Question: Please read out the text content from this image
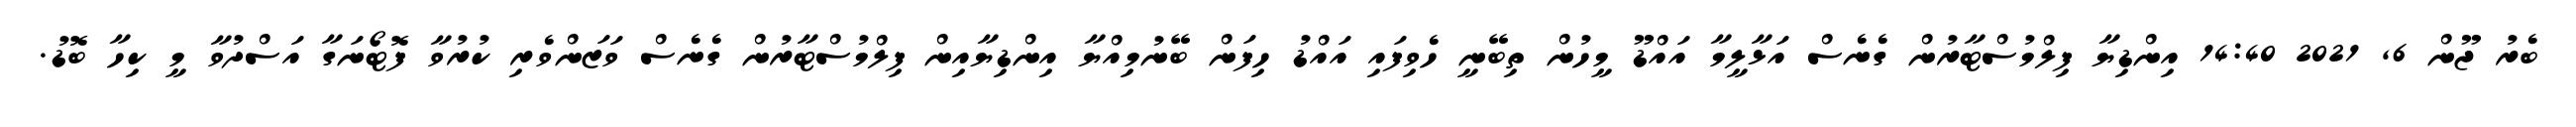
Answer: ބެރު ޖޫން 6, 2021 14:40 އިންޑިޔާ ފިލްމުސްޓާރުން ގެނެސް އަޅާލީމާ އައްޑޫ މީހުން ތިބޭނީ ހެވިފައި އައްޑު ހިފަން ބޭނުމިއްޔާ އިންޑިޔާއިން ފިލްމުސްޓާރުން ގެނެސް ވަޒަންވެރި ކުރުވާ ފޮޓޯނަގާ އަސްދުވާ މީ ކިހާ ބޮޑު.